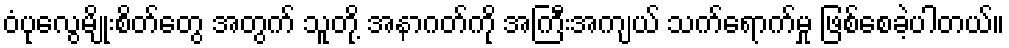
ဝံပုလွေမျိုးစိတ်တွေ အတွက် သူတို့ အနာဂတ်ကို အကြီးအကျယ် သက်ရောက်မှု ဖြစ်စေခဲ့ပါတယ်။